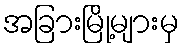
အခြားမြို့များမှ